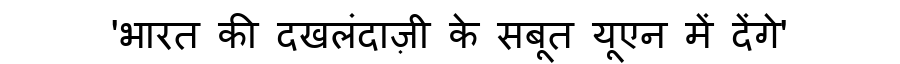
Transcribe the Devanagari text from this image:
'भारत की दखलंदाज़ी के सबूत यूएन में देंगे'